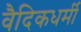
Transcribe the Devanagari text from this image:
वैदिकधर्मी